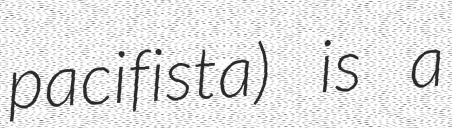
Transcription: pacifista) is a